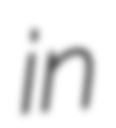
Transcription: in